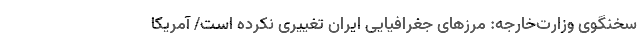
سخنگوی وزارت‌خارجه: مرزهای جغرافیایی ایران تغییری نکرده است/ آمریکا